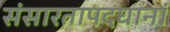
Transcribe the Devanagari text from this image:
संसारतापदघानां